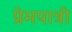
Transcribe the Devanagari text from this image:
प्रेमपात्री